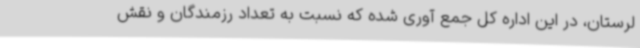
لرستان، در این اداره کل جمع آوری شده که نسبت به تعداد رزمندگان و نقش